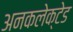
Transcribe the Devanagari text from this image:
अनकलेक्टेड